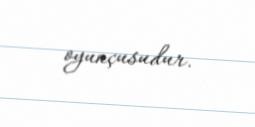
oyunçusudur.